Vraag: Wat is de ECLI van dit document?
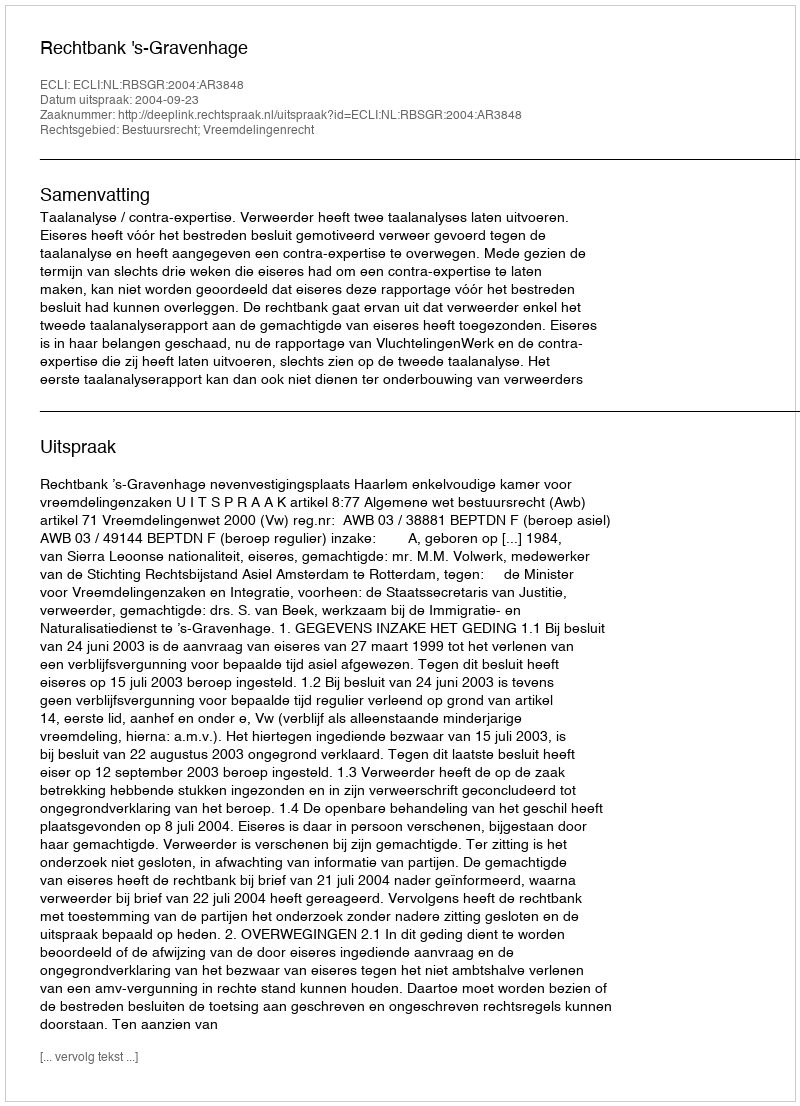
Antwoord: ECLI:NL:RBSGR:2004:AR3848